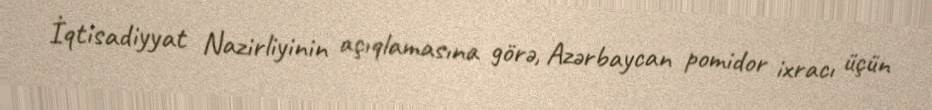
İqtisadiyyat Nazirliyinin açıqlamasına görə, Azərbaycan pomidor ixracı üçün